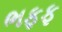
ભફફ